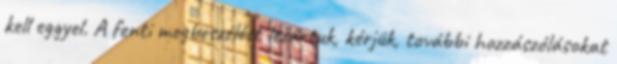
kell eggyel. A fenti megbeszélést lezártuk, kérjük, további hozzászólásokat